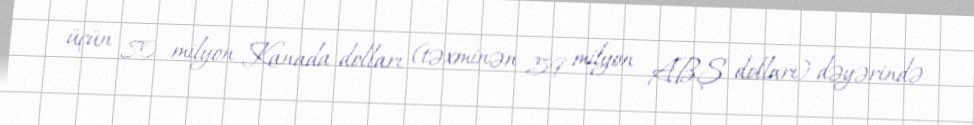
üçün 80 milyon Kanada dolları (təxminən 59 milyon ABŞ dolları) dəyərində